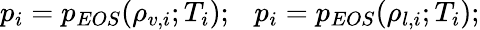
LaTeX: p_{i}=p_{EOS}(\rho_{v,i};T_{i});~~~p_{i}=p_{EOS}(\rho_{l,i};T_{i});